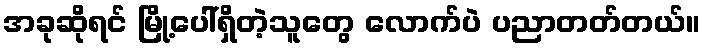
အခုဆိုရင် မြို့ပေါ်ရှိတဲ့သူတွေ လောက်ပဲ ပညာတတ်တယ်။